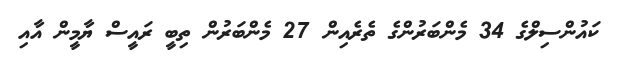
ކައުންސިލްގެ 34 މެންބަރުންގެ ތެރެއިން 27 މެންބަރުން ތިބީ ރައީސް ޔާމީން އާއި